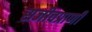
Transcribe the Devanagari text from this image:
सजीवप्राणी